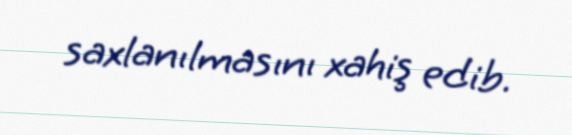
saxlanılmasını xahiş edib.